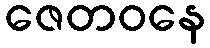
ဇေတဝနေ